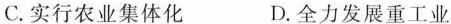
C.实行农业集体化 D.全力发展重工业